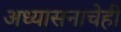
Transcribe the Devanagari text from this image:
अध्यासनाचेही